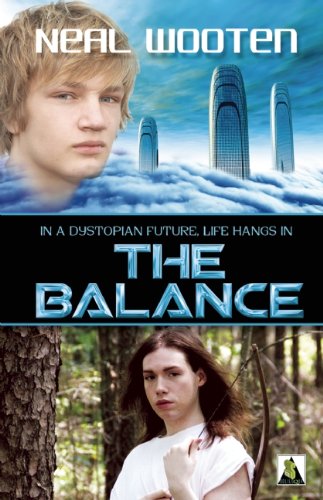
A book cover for The Balance; Neal Wooten; Teen & Young Adult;